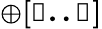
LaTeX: \mathbb{\oplus[l..j]}